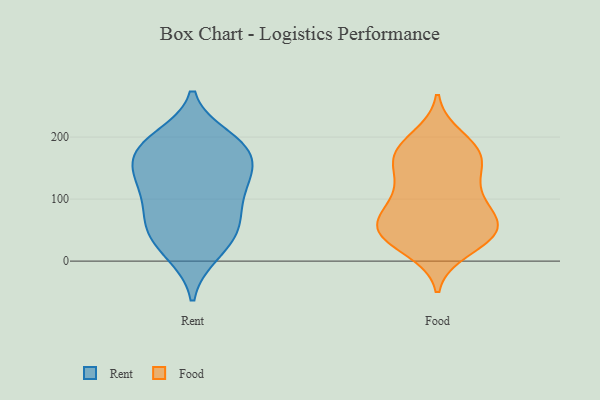
{"axis": {"x": "Revenue (USD Million)", "y": "Value"}, "legend": ["Food", "Rent"], "data": [{"x": "", "y": 134, "type": "Rent"}, {"x": "", "y": 199, "type": "Rent"}, {"x": "", "y": 132, "type": "Rent"}, {"x": "", "y": 102, "type": "Rent"}, {"x": "", "y": 185, "type": "Rent"}, {"x": "", "y": 181, "type": "Rent"}, {"x": "", "y": 184, "type": "Rent"}, {"x": "", "y": 11, "type": "Rent"}, {"x": "", "y": 46, "type": "Rent"}, {"x": "", "y": 53, "type": "Rent"}, {"x": "", "y": 65, "type": "Rent"}, {"x": "", "y": 90, "type": "Rent"}, {"x": "", "y": 146, "type": "Rent"}, {"x": "", "y": 159, "type": "Rent"}, {"x": "", "y": 55, "type": "Rent"}, {"x": "", "y": 15, "type": "Rent"}, {"x": "", "y": 189, "type": "Rent"}, {"x": "", "y": 126, "type": "Rent"}, {"x": "", "y": 19, "type": "Food"}, {"x": "", "y": 151, "type": "Food"}, {"x": "", "y": 63, "type": "Food"}, {"x": "", "y": 56, "type": "Food"}, {"x": "", "y": 88, "type": "Food"}, {"x": "", "y": 32, "type": "Food"}, {"x": "", "y": 35, "type": "Food"}, {"x": "", "y": 115, "type": "Food"}, {"x": "", "y": 46, "type": "Food"}, {"x": "", "y": 162, "type": "Food"}, {"x": "", "y": 98, "type": "Food"}, {"x": "", "y": 156, "type": "Food"}, {"x": "", "y": 174, "type": "Food"}, {"x": "", "y": 54, "type": "Food"}, {"x": "", "y": 183, "type": "Food"}, {"x": "", "y": 54, "type": "Food"}, {"x": "", "y": 179, "type": "Food"}, {"x": "", "y": 199, "type": "Food"}, {"x": "", "y": 56, "type": "Food"}, {"x": "", "y": 111, "type": "Food"}]}